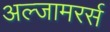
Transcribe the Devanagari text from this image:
अल्जामरर्स